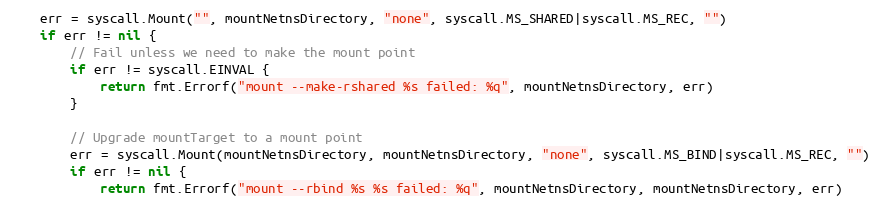
Language: Go
	err = syscall.Mount("", mountNetnsDirectory, "none", syscall.MS_SHARED|syscall.MS_REC, "")
	if err != nil {
		// Fail unless we need to make the mount point
		if err != syscall.EINVAL {
			return fmt.Errorf("mount --make-rshared %s failed: %q", mountNetnsDirectory, err)
		}

		// Upgrade mountTarget to a mount point
		err = syscall.Mount(mountNetnsDirectory, mountNetnsDirectory, "none", syscall.MS_BIND|syscall.MS_REC, "")
		if err != nil {
			return fmt.Errorf("mount --rbind %s %s failed: %q", mountNetnsDirectory, mountNetnsDirectory, err)